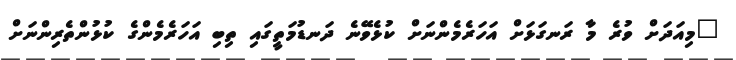
"މިއަދަށް ވުރެ މާ ރަނގަޅަށް އަހަރެމެންނަށް ކުޅެވޭނެ ދަނޑުމަތީގައި ތިބި އަހަރެމެންގެ ކުޅުންތެރިންނަށް